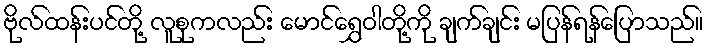
ဗိုလ်ထန်းပင်တို့ လူစုကလည်း မောင်ရွှေဝါတို့ကို ချက်ချင်း မပြန်ရန်ပြောသည်။